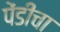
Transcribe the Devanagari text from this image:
पेंडीचा